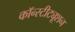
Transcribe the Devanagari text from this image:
कॉन्‍स्‍टीट्यूशन